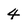
Character: 4